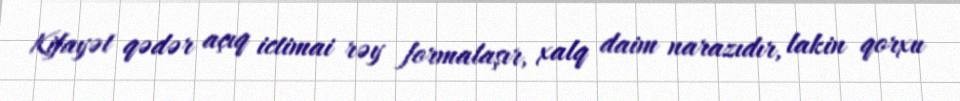
Kifayət qədər açıq ictimai rəy formalaşır, xalq daim narazıdır, lakin qorxu